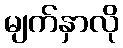
မျက်နှာလို